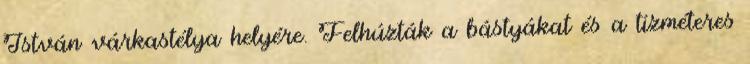
István várkastélya helyére. Felhúzták a bástyákat és a tízméteres